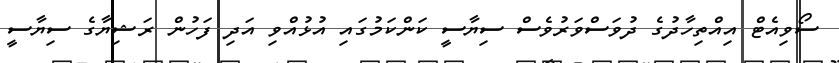
ސޯވިއެޓް އިއްތިހާދުގެ ދުވަސްވަރުވެސް ސިޔާސީ ކަންކަމުގައި އުޅުއްވި އަދި ފަހުން ރަޝިޔާގެ ސިޔާސީ